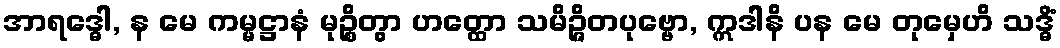
အာရဒ္ဓေါ, န မေ ကမ္မဋ္ဌာနံ မုဉ္စိတွာ ဟတ္ထော သမိဉ္ဇိတပုဗ္ဗော, ဣဒါနိ ပန မေ တုမှေဟိ သဒ္ဓိံ